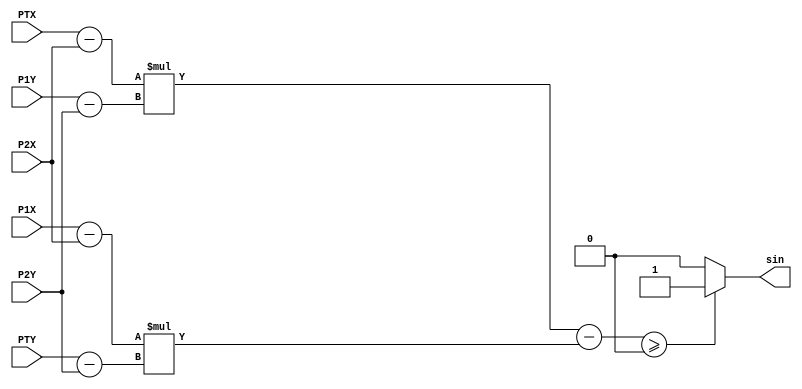
module sing(
    input [11:0] PTX,
    input [11:0] PTY,

    input [11:0] P1X,
    input [11:0] P1Y,

    input [11:0] P2X,
    input [11:0] P2Y,

    output sin
);

    wire signed [11:0] Sub1;
    wire signed [11:0] Sub2;
    wire signed [11:0] Sub3;
    wire signed [11:0] Sub4;

    wire signed [22:0] Sub5;

    wire signed [22:0] Mult1;
    wire signed [22:0] Mult2;

    
    assign Sub1 = PTX - P2X;
    assign Sub2 = P1Y - P2Y;
    assign Sub3 = P1X - P2X;
    assign Sub4 = PTY - P2Y;

    assign Mult1 = Sub1 * Sub2;
    assign Mult2 = Sub3 * Sub4;

    assign Sub5 = Mult1 - Mult2;

    assign sin = (Sub5 >= 0) ? 1 : 0;

endmodule

module PointInTriangle(
    input [11:0] P1X,
    input [11:0] P1Y,

    input [11:0] P2X,
    input [11:0] P2Y,

    input [11:0] P3X,
    input [11:0] P3Y,

    input [11:0] PTX,
    input [11:0] PTY,

    output inTriangle
);
    wire sin1;
    wire sin2;
    wire sin3;

    sing S1(PTX, PTY, P1X, P1Y, P2X, P2Y, sin1);
    sing S2(PTX, PTY, P2X, P2Y, P3X, P3Y, sin2);
    sing S3(PTX, PTY, P3X, P3Y, P1X, P1Y, sin3);

    assign inTriangle = (sin1 == sin2 && sin2 == sin3) ? 1 : 0;

endmodule

module test;

    reg [11:0] P1X;
    reg [11:0] P1Y;

    reg [11:0] P2X;
    reg [11:0] P2Y;

    reg [11:0] P3X;
    reg [11:0] P3Y;

    reg [11:0] PTX;
    reg [11:0] PTY;

    wire InTriangle;

    PointInTriangle P(P1X, P1Y, P2X, P2Y, P3X, P3Y, PTX, PTY, InTriangle);


    initial begin
        $dumpvars(0, P);

        #1
        P1X <= -2;
        P1Y <= 1;
        #1
        P2X <= 6;
        P2Y <= 1;
        #1
        P3X <= 1;
        P3Y <= -3;
        #1
        PTX <= 1;
        PTY <= -1;

        #10
        P1X <= 0;
        P1Y <= 1;
        #1
        P2X <= 6;
        P2Y <= 1;
        #1
        P3X <= 3;
        P3Y <= 4;
        #1
        PTX <= 6;
        PTY <= 4;

        #1
        P1X <= 0;
        P1Y <= 1;
        #1
        P2X <= 6;
        P2Y <= 1;
        #1
        P3X <= 3;
        P3Y <= 4;
        #1
        PTX <= 8;
        PTY <= 2;


        #10
        $finish;
    end
endmodule